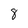
Character: 8